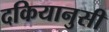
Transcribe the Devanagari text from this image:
दकियानुसी